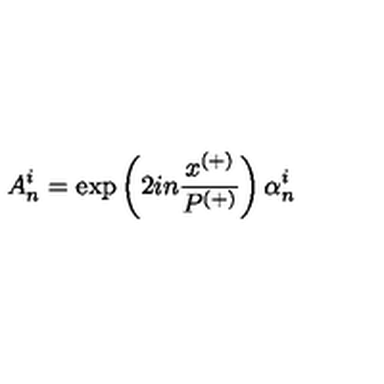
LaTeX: A _ { n } ^ { i } = \exp \left( 2 i n \frac { x ^ { ( + ) } } { P ^ { ( + ) } } \right) \alpha _ { n } ^ { i }